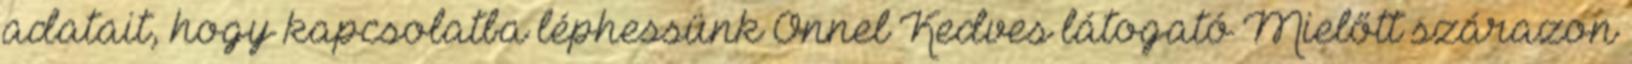
adatait, hogy kapcsolatba léphessünk Önnel Kedves látogató Mielőtt szárazon